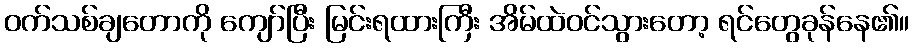
ဝက်သစ်ချတောကို ကျော်ပြီး မြင်းရထားကြီး အိမ်ထဲဝင်သွားတော့ ရင်တွေခုန်နေ၏။